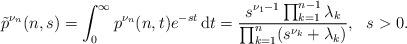
LaTeX: \begin{align*}\tilde{p}^{\nu_n}(n,s)=\int_0^{\infty}p^{\nu_n}(n,t)e^{-st}\,\mathrm{d}t=\frac{s^{\nu_1-1}\prod_{k=1}^{n-1}\lambda_k}{\prod_{k=1}^n(s^{\nu_k}+\lambda_k)},\ \ s>0.\end{align*}